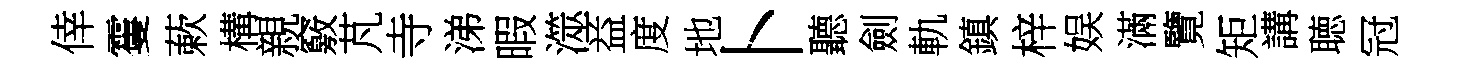
倖䨥蔌構親竅芃寺涕暇澨益度地卜聽劍軌鎮梓娱滿覽矩講聴冠